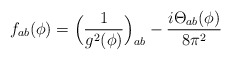
\begin{align*}f_{ab} (\phi) = \Big( \frac{1}{g^2(\phi)} \Big)_{ab} - \frac{i \mathrm{\Theta}_{ab}(\phi)}{8 \pi^2}\end{align*}